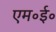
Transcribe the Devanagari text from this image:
एम॰ई॰